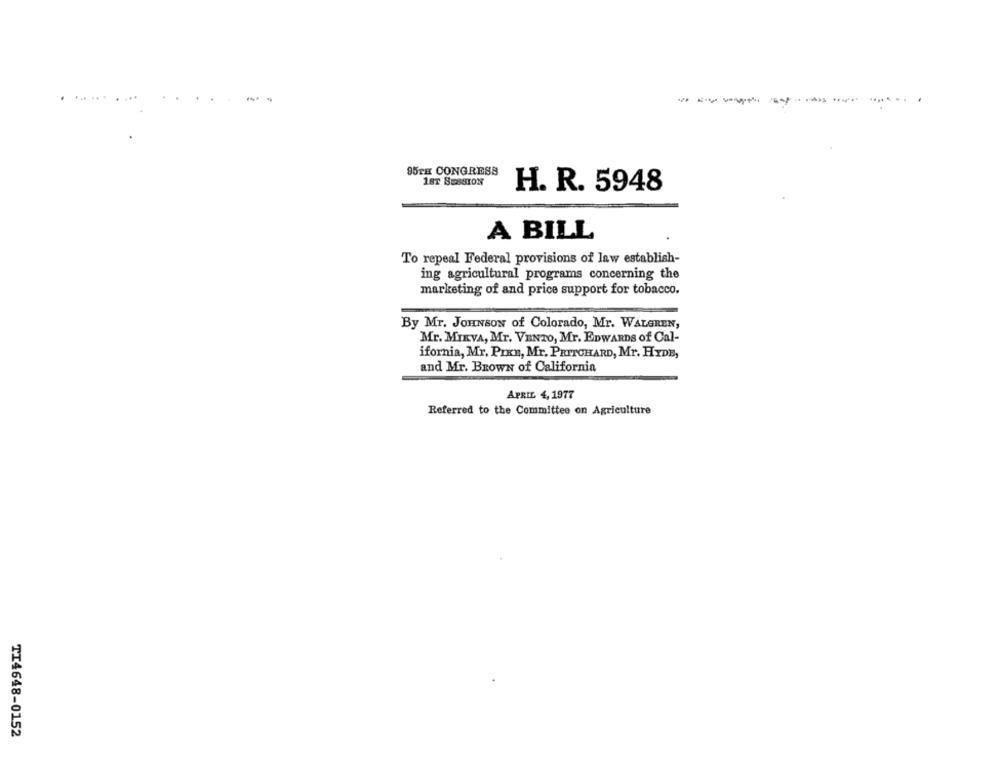
--
--------
95TH CONGRESS
18T SESSION
H. R. 5948
A BILL
To repeal Federal provisions of law establish-
ing agricultural programs concerning the
marketing of and price support for tobacco.
By Mr. JOHNSON of Colorado, Mr. WALGREN,
Mr. MIEVA, Mr. VENTO, Mr. EDWARDS of Cal-
ifornia, Mr. PIKn, Mr. PRITCHARD, Mr. HYDE,
and Mr. BROWN of California
APRIL 4, 1977
Referred to the Committee on Agriculture
TI4648-0152